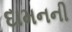
દામનની